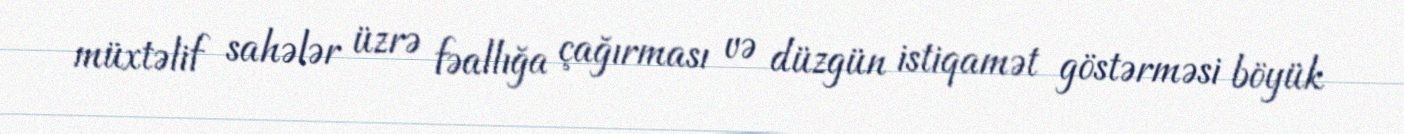
müxtəlif sahələr üzrə fəallığa çağırması və düzgün istiqamət göstərməsi böyük